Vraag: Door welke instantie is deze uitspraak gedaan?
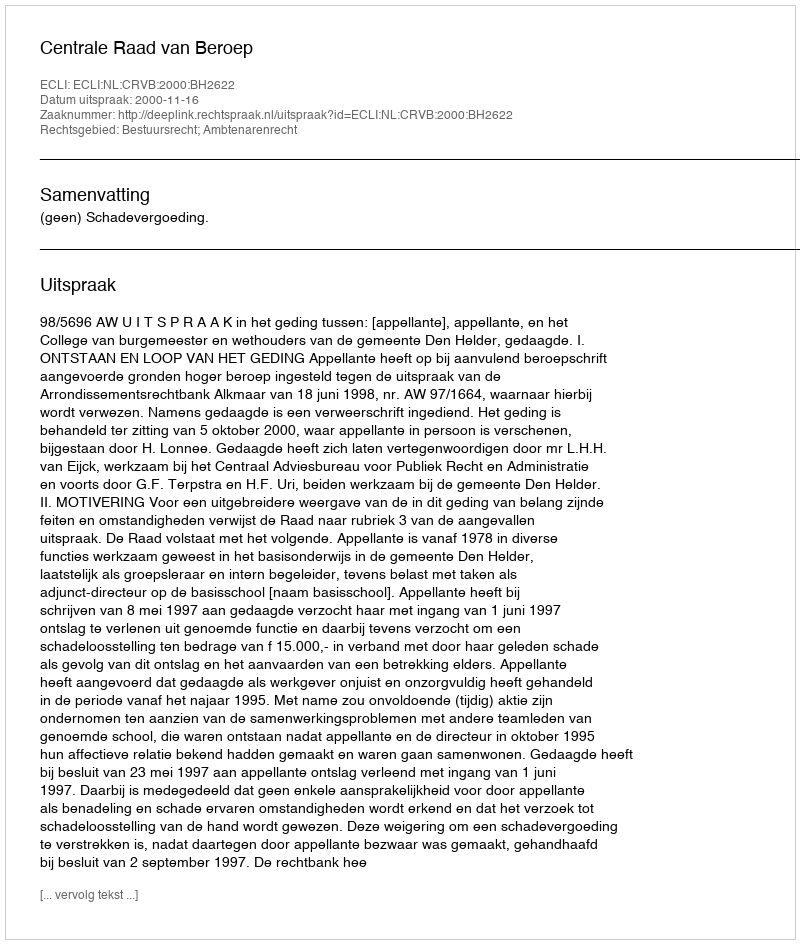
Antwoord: Centrale Raad van Beroep